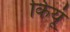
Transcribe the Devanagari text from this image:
कियूं